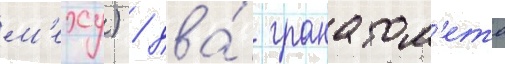
м'еху) / два́ гранатом'ета